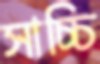
সাচ্চি